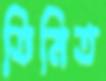
তিমিত